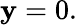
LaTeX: \mathbf{y}=0.